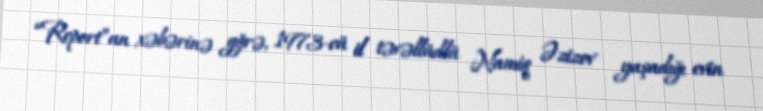
“Report”un xəbərinə gğrə, 1973-cü il təvəllüdlü Namiq Əzizov yaşadığı evin